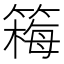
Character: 𫂚